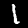
Digit: 1